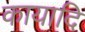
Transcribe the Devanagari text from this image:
कायादि